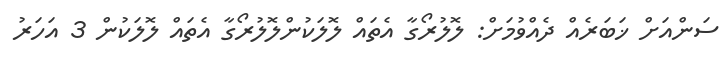
ސަންއަށް ޚަބަރެއް ދެއްވުމަށް: ލޮލުރޯގާ އެތައް ލޮލަކުންލޮލުރޯގާ އެތައް ލޮލަކުން 3 އަހަރު